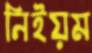
নিইয়ম